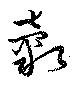
穀